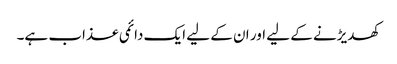
کھدیڑنے کے لیے اور ان کے لیے ایک دائمی عذاب ہے۔